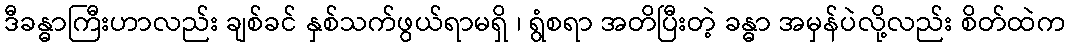
ဒီခန္ဓာကြီးဟာလည်း ချစ်ခင် နှစ်သက်ဖွယ်ရာမရှိ ၊ ရွံစရာ အတိပြီးတဲ့ ခန္ဓာ အမှန်ပဲလို့လည်း စိတ်ထဲက